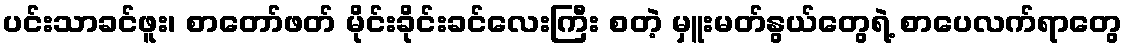
ပင်းသာခင်ဖူး၊ စာတော်ဖတ် မိုင်းခိုင်းခင်လေးကြီး စတဲ့ မှူးမတ်နွယ်တွေရဲ့ စာပေလက်ရာတွေ